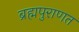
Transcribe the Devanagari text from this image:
ब्रह्मपुराणत